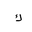
Letter: _kaf